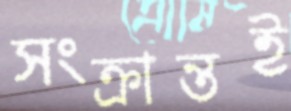
সংক্রান্তই